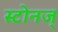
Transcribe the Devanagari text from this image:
स्टोनज्